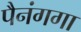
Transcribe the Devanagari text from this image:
पैनंगगा